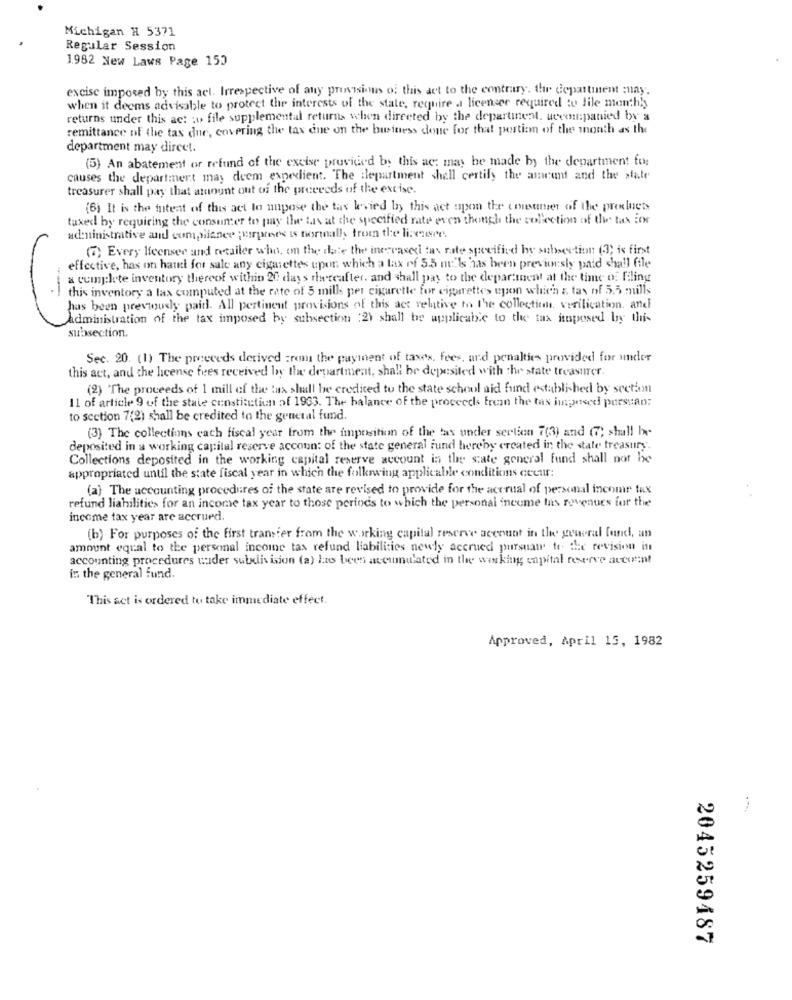
Michigan H 5371
Regular Session
1.982 New Laws Page 150
excise imposed by this act. Irrespective of any provisions of this act to the contrary. the department may.
when it deems advisable to protect the interests of the state, require a licenser required to file monthy
returns under this act :u file supplemental returns when directed by the departinent. weeen:panied by a
remittance of the tax due, covering the tax ene on the business done for that portion of the month as the
department may dircet.
(5) An abatement or refund of the excise provided by this ac; may be made by the department fo:
causes the department may deem expedient. The ilepartment shell certify the ameet and the state
treasurer shall pay that amount out of the proceeds of the excise.
(6) It is the intent of this act lo nupose the tax levied by this act upon the consumer of the products
taxed by requiring the consumer to pay the tas at the specified rate even though the collection of the tax for
administrative and compliance purposes is normally from the lisenser.
(7) Every licenser and retailer who, on the date the increased tax rate specified by subsection (3; is first
effective, has on haul for sale any cigarettes upon which a lax of 5.5 m:'Is has been previously paid shall file
a complete inventory thereof within 20 days thereafter. and shall pay to the department at the time of filing
this inventory a las computed at the rate of 5 mill per cigarette for cigarettes upon which z tas of 5.5 mulls
has been previously paid. All pertinent provisions of this act relative to the collection verification, and
Administration of the tax imposed by subsection :2) shall be applicable to the tax imposed by this
subsection.
Sec. 20. (1) The preeceds derived zrem the payment of taxes, fees, and penalties provided for under
this act, and the license fees received by the department, shall be deposited with the state treasurer.
(2) The proceeds of 1 mill of the tux shall be credited to the state school aid fund established by sectam
11 of article 9 of the state constitution of 1963. The balance of the proceeds from the tas imposed porsuan:
to section 7(2) shall be credited to the general fund.
(3) The collections each fiscal year from the imposition of the tax under section 7(3) and (7; shall be
deposited in a working capital reserve account of the state general Fund hereby created in the state treasury.
Collections deposited in the working capital reserve account in the state general fund shall not be
appropriated until the state fiscal year in which the following applicable conditions coeur:
(a) The accounting procedures of the state are revised to provide for the accrual of personal income tax
refund liabilities for an income tax year to those periods to which the personal income tax revenues for the
income tax year are accrued.
(b) For purposes of the first transfer from the working capital reserve account in the general fund, an
amount equal to the personal income tax refund liabilities newly accrued pursuam to the revision in
accounting procedures tuder subdivision (a) has been accumulated in the wiking capital reserve accomt
in the general fund.
"This act is ordered to take immediate effect.
Approved, April 15, 1982
2045259487